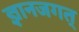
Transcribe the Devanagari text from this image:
ज्ञानजगत्‌